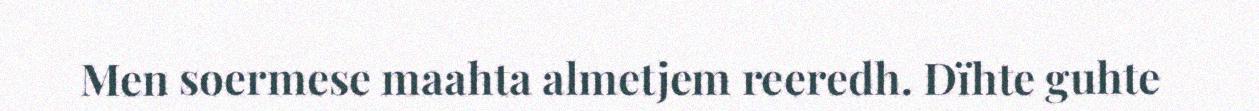
Men soermese maahta almetjem reeredh. Dïhte guhte